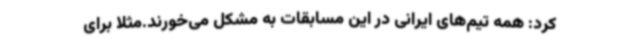
کرد: همه تیم‌های ایرانی در این مسابقات به مشکل می‌خورند.مثلا برای